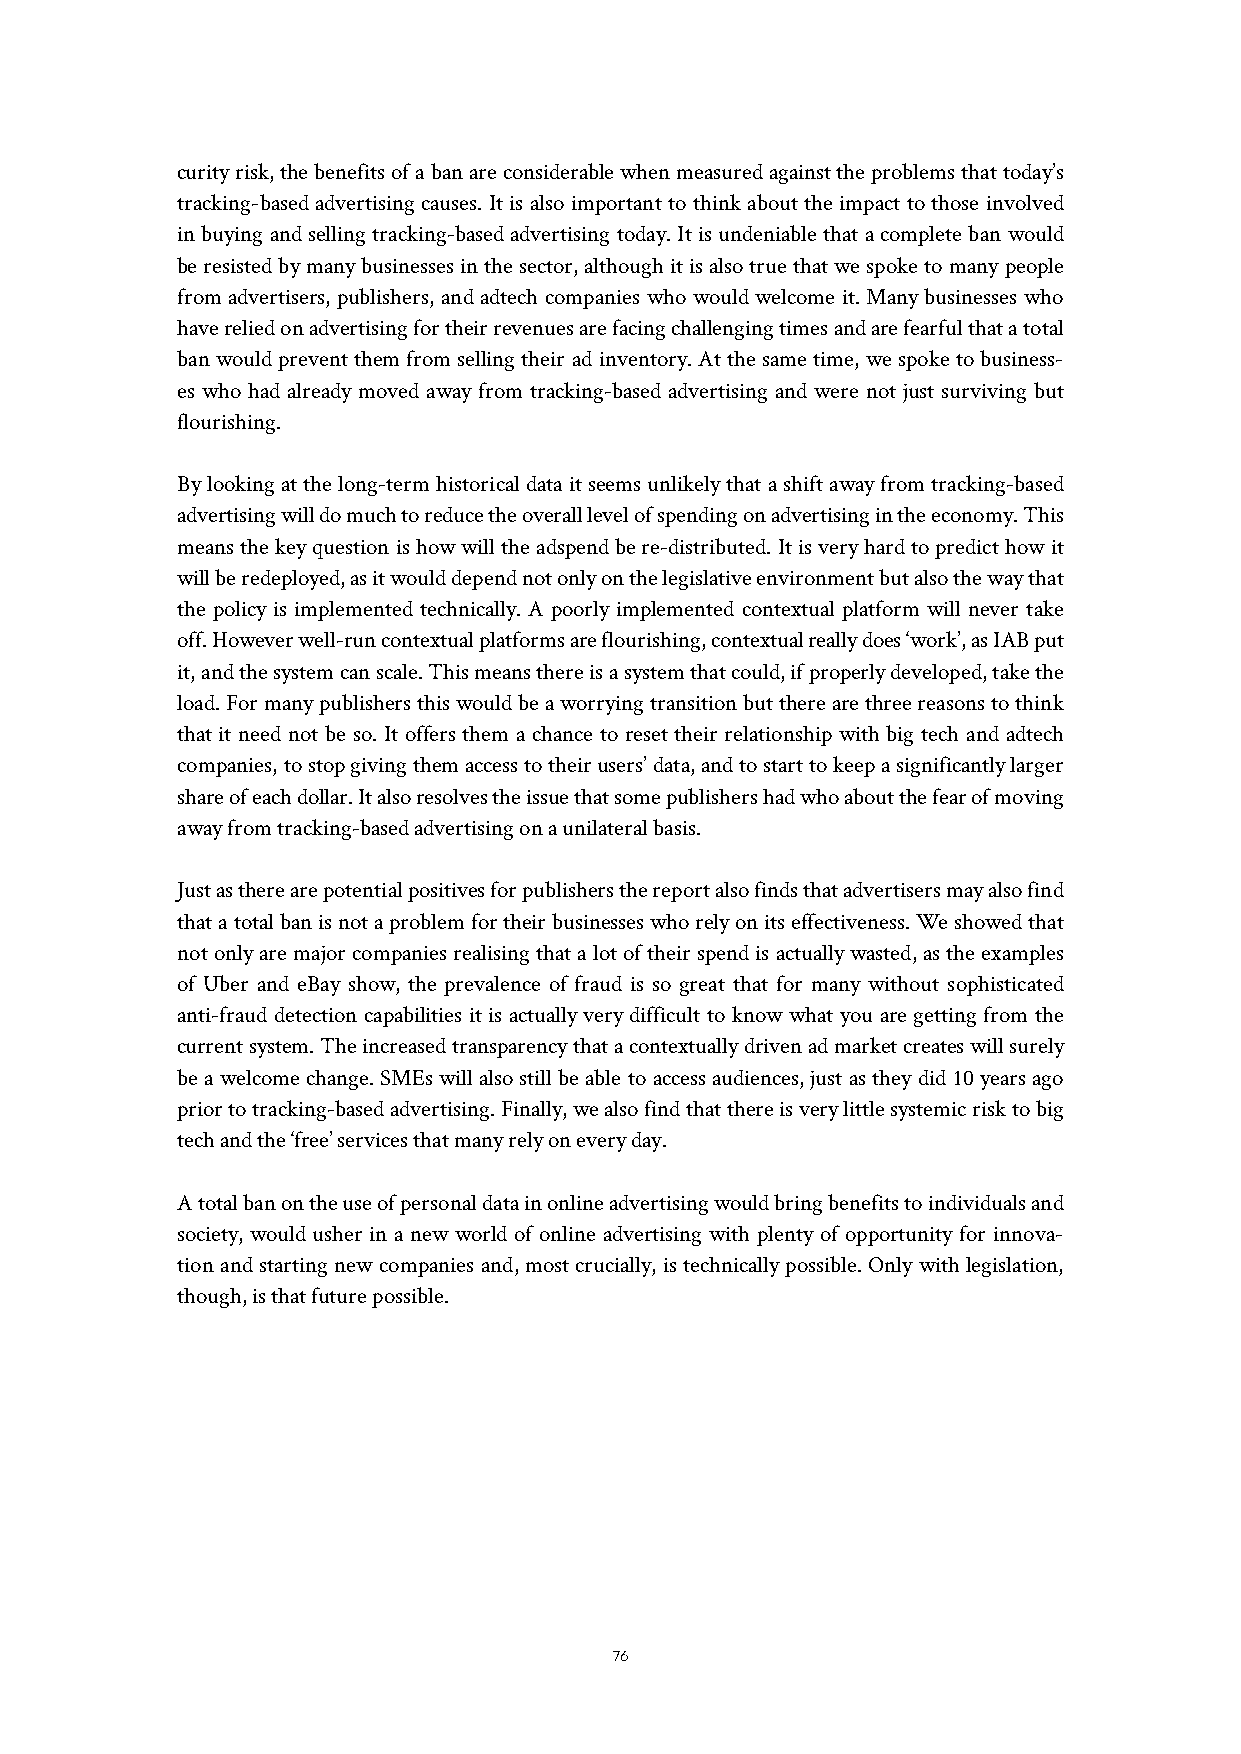
curity risk, the benefits of a ban are considerable when measured against the problems that today’s
 tracking-based advertising causes. It is also important to think about the impact to those involved
 in buying and selling tracking-based advertising today. It is undeniable that a complete ban would
 be resisted by many businesses in the sector, although it is also true that we spoke to many people
 from advertisers, publishers, and adtech companies who would welcome it. Many businesses who
 have relied on advertising for their revenues are facing challenging times and are fearful that a total
 ban would prevent them from selling their ad inventory. At the same time, we spoke to business-
 es who had already moved away from tracking-based advertising and were not just surviving but
 flourishing.
 By looking at the long-term historical data it seems unlikely that a shift away from tracking-based
 advertising will do much to reduce the overall level of spending on advertising in the economy. This
 means the key question is how will the adspend be re-distributed. It is very hard to predict how it
 will be redeployed, as it would depend not only on the legislative environment but also the way that
 the policy is implemented technically. A poorly implemented contextual platform will never take
 off. However well-run contextual platforms are flourishing, contextual really does ‘work’, as IAB put
 it, and the system can scale. This means there is a system that could, if properly developed, take the
 load. For many publishers this would be a worrying transition but there are three reasons to think
 that it need not be so. It offers them a chance to reset their relationship with big tech and adtech
 companies, to stop giving them access to their users’ data, and to start to keep a significantly larger
 share of each dollar. It also resolves the issue that some publishers had who about the fear of moving
 away from tracking-based advertising on a unilateral basis.
 Just as there are potential positives for publishers the report also finds that advertisers may also find
 that a total ban is not a problem for their businesses who rely on its effectiveness. We showed that
 not only are major companies realising that a lot of their spend is actually wasted, as the examples
 of Uber and eBay show, the prevalence of fraud is so great that for many without sophisticated
 anti-fraud detection capabilities it is actually very difficult to know what you are getting from the
 current system. The increased transparency that a contextually driven ad market creates will surely
 be a welcome change. SMEs will also still be able to access audiences, just as they did 10 years ago
 prior to tracking-based advertising. Finally, we also find that there is very little systemic risk to big
 tech and the ‘free’ services that many rely on every day.
 A total ban on the use of personal data in online advertising would bring benefits to individuals and
 society, would usher in a new world of online advertising with plenty of opportunity for innova-
 tion and starting new companies and, most crucially, is technically possible. Only with legislation,
 though, is that future possible.
 76